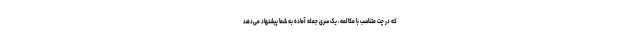
که در چت متناسب با مکالمه، یک سری جمله آماده به شما پیشنهاد می‌دهد